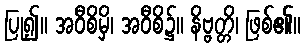
ပြု၍။ အဝီစိမှိ၊ အဝီစိ၌။ နိဗ္ဗတ္တိ၊ ဖြစ်၏။